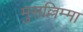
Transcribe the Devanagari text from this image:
मुसल्लिम्मा